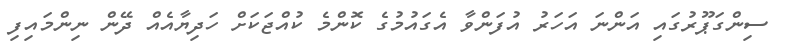
ސިންގަޕޫރުގައި އަންނަ އަހަރު އުފަންވާ އެގައުމުގެ ކޮންމެ ކުއްޖަކަށް ހަދިޔާއެއް ދޭން ނިންމައިފި